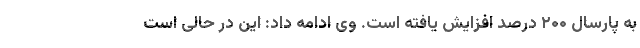
به پارسال ۲۰۰ درصد افزایش یافته است. وی ادامه داد: این در حالی است